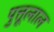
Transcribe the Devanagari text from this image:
पुत्तूलाल